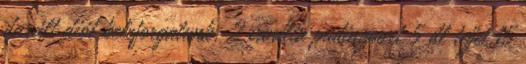
darált diót beleforgatunk. 2 vanília pudingport 5 dl tejjel,15